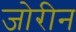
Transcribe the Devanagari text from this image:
जोरीन